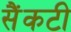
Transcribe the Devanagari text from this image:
सैंकटी